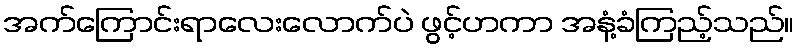
အက်ကြောင်းရာလေးလောက်ပဲ ဖွင့်ဟကာ အနံ့ခံကြည့်သည်။